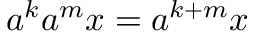
a ^ { k } a ^ { m } x = a ^ { k + m } x